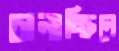
চালাচ্ছিলে